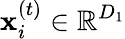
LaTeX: \mathbf{x}_{i}^{(t)}\in\mathbb{R}^{D_{1}}